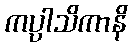
ကပ္ပါသိကာနိ